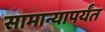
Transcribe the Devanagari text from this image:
सामान्यापर्यंत